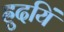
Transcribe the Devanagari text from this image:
ह्रुदयिं